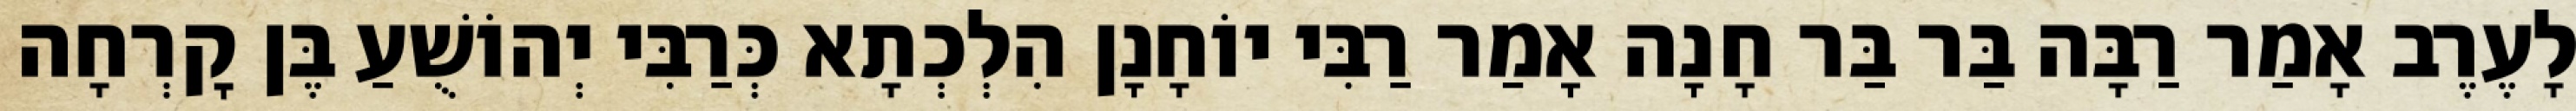
לָעֶרֶב אָמַר רַבָּה בַּר בַּר חָנָה אָמַר רַבִּי יוֹחָנָן הִלְכְתָא כְּרַבִּי יְהוֹשֻׁעַ בֶּן קׇרְחָה